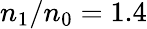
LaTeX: n_{\mathrm{1}}/n_{\mathrm{0}}=1.4